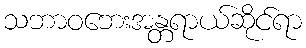
သဘာဝဘေးအန္တရာယ်ဆိုင်ရာ